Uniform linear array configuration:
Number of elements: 16
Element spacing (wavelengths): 0.75
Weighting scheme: kaiser
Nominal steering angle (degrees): -30
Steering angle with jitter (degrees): -28.379
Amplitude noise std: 0.05
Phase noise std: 0.05

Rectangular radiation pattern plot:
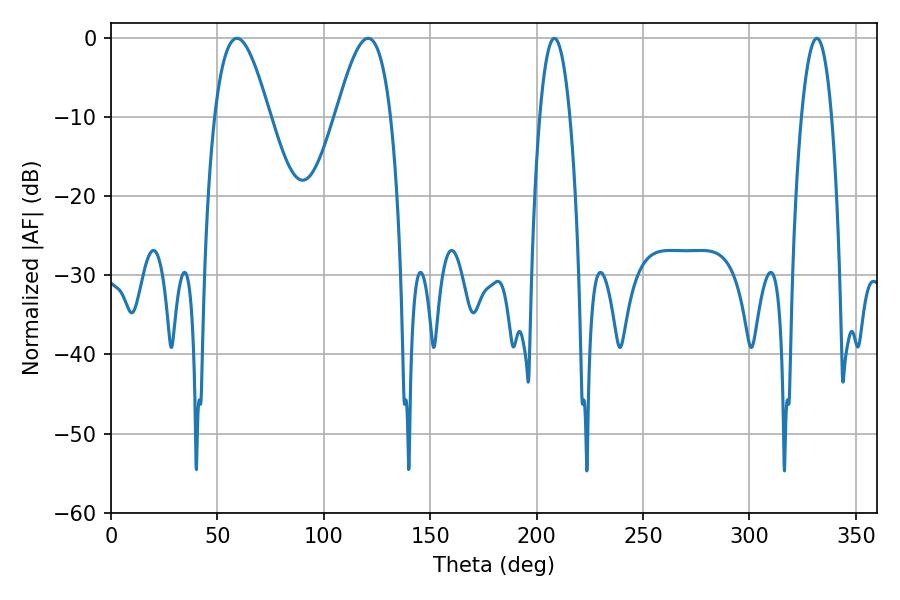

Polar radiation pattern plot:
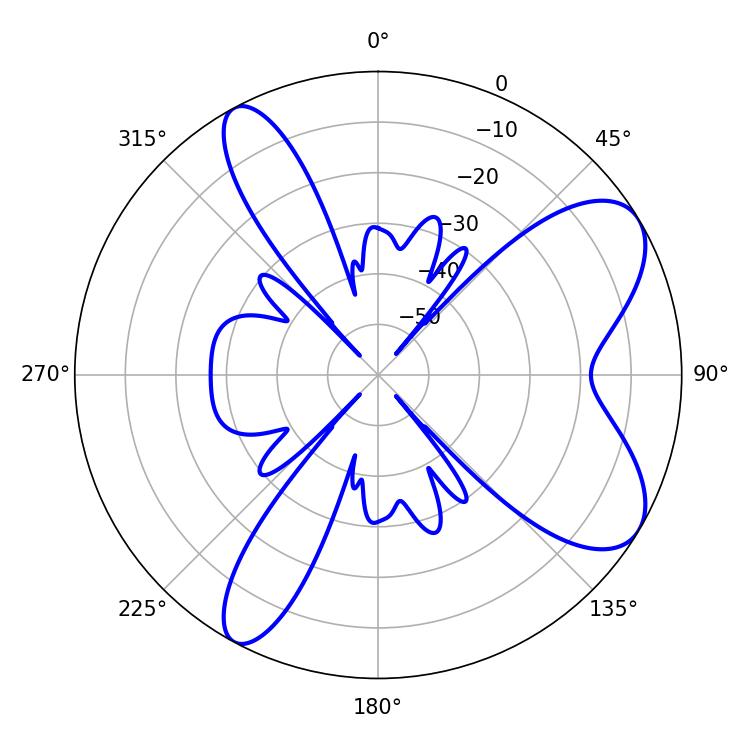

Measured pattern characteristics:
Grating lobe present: TRUE
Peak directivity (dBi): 7.854
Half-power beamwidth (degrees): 14.04
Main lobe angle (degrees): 59.22